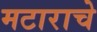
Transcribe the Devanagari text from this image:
मटाराचे